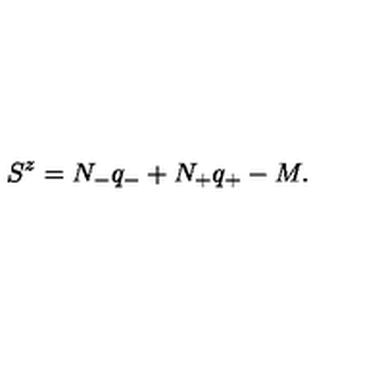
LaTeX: S ^ { z } = N _ { - } q _ { - } + N _ { + } q _ { + } - M .